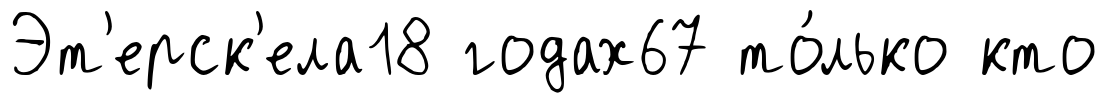
Эт'ерск'ела18 годах67 то́лько кто